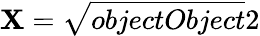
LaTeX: \mathbf{X}={\sqrt{{{objectObject}}}{{2}}}